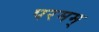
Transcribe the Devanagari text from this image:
परमम्